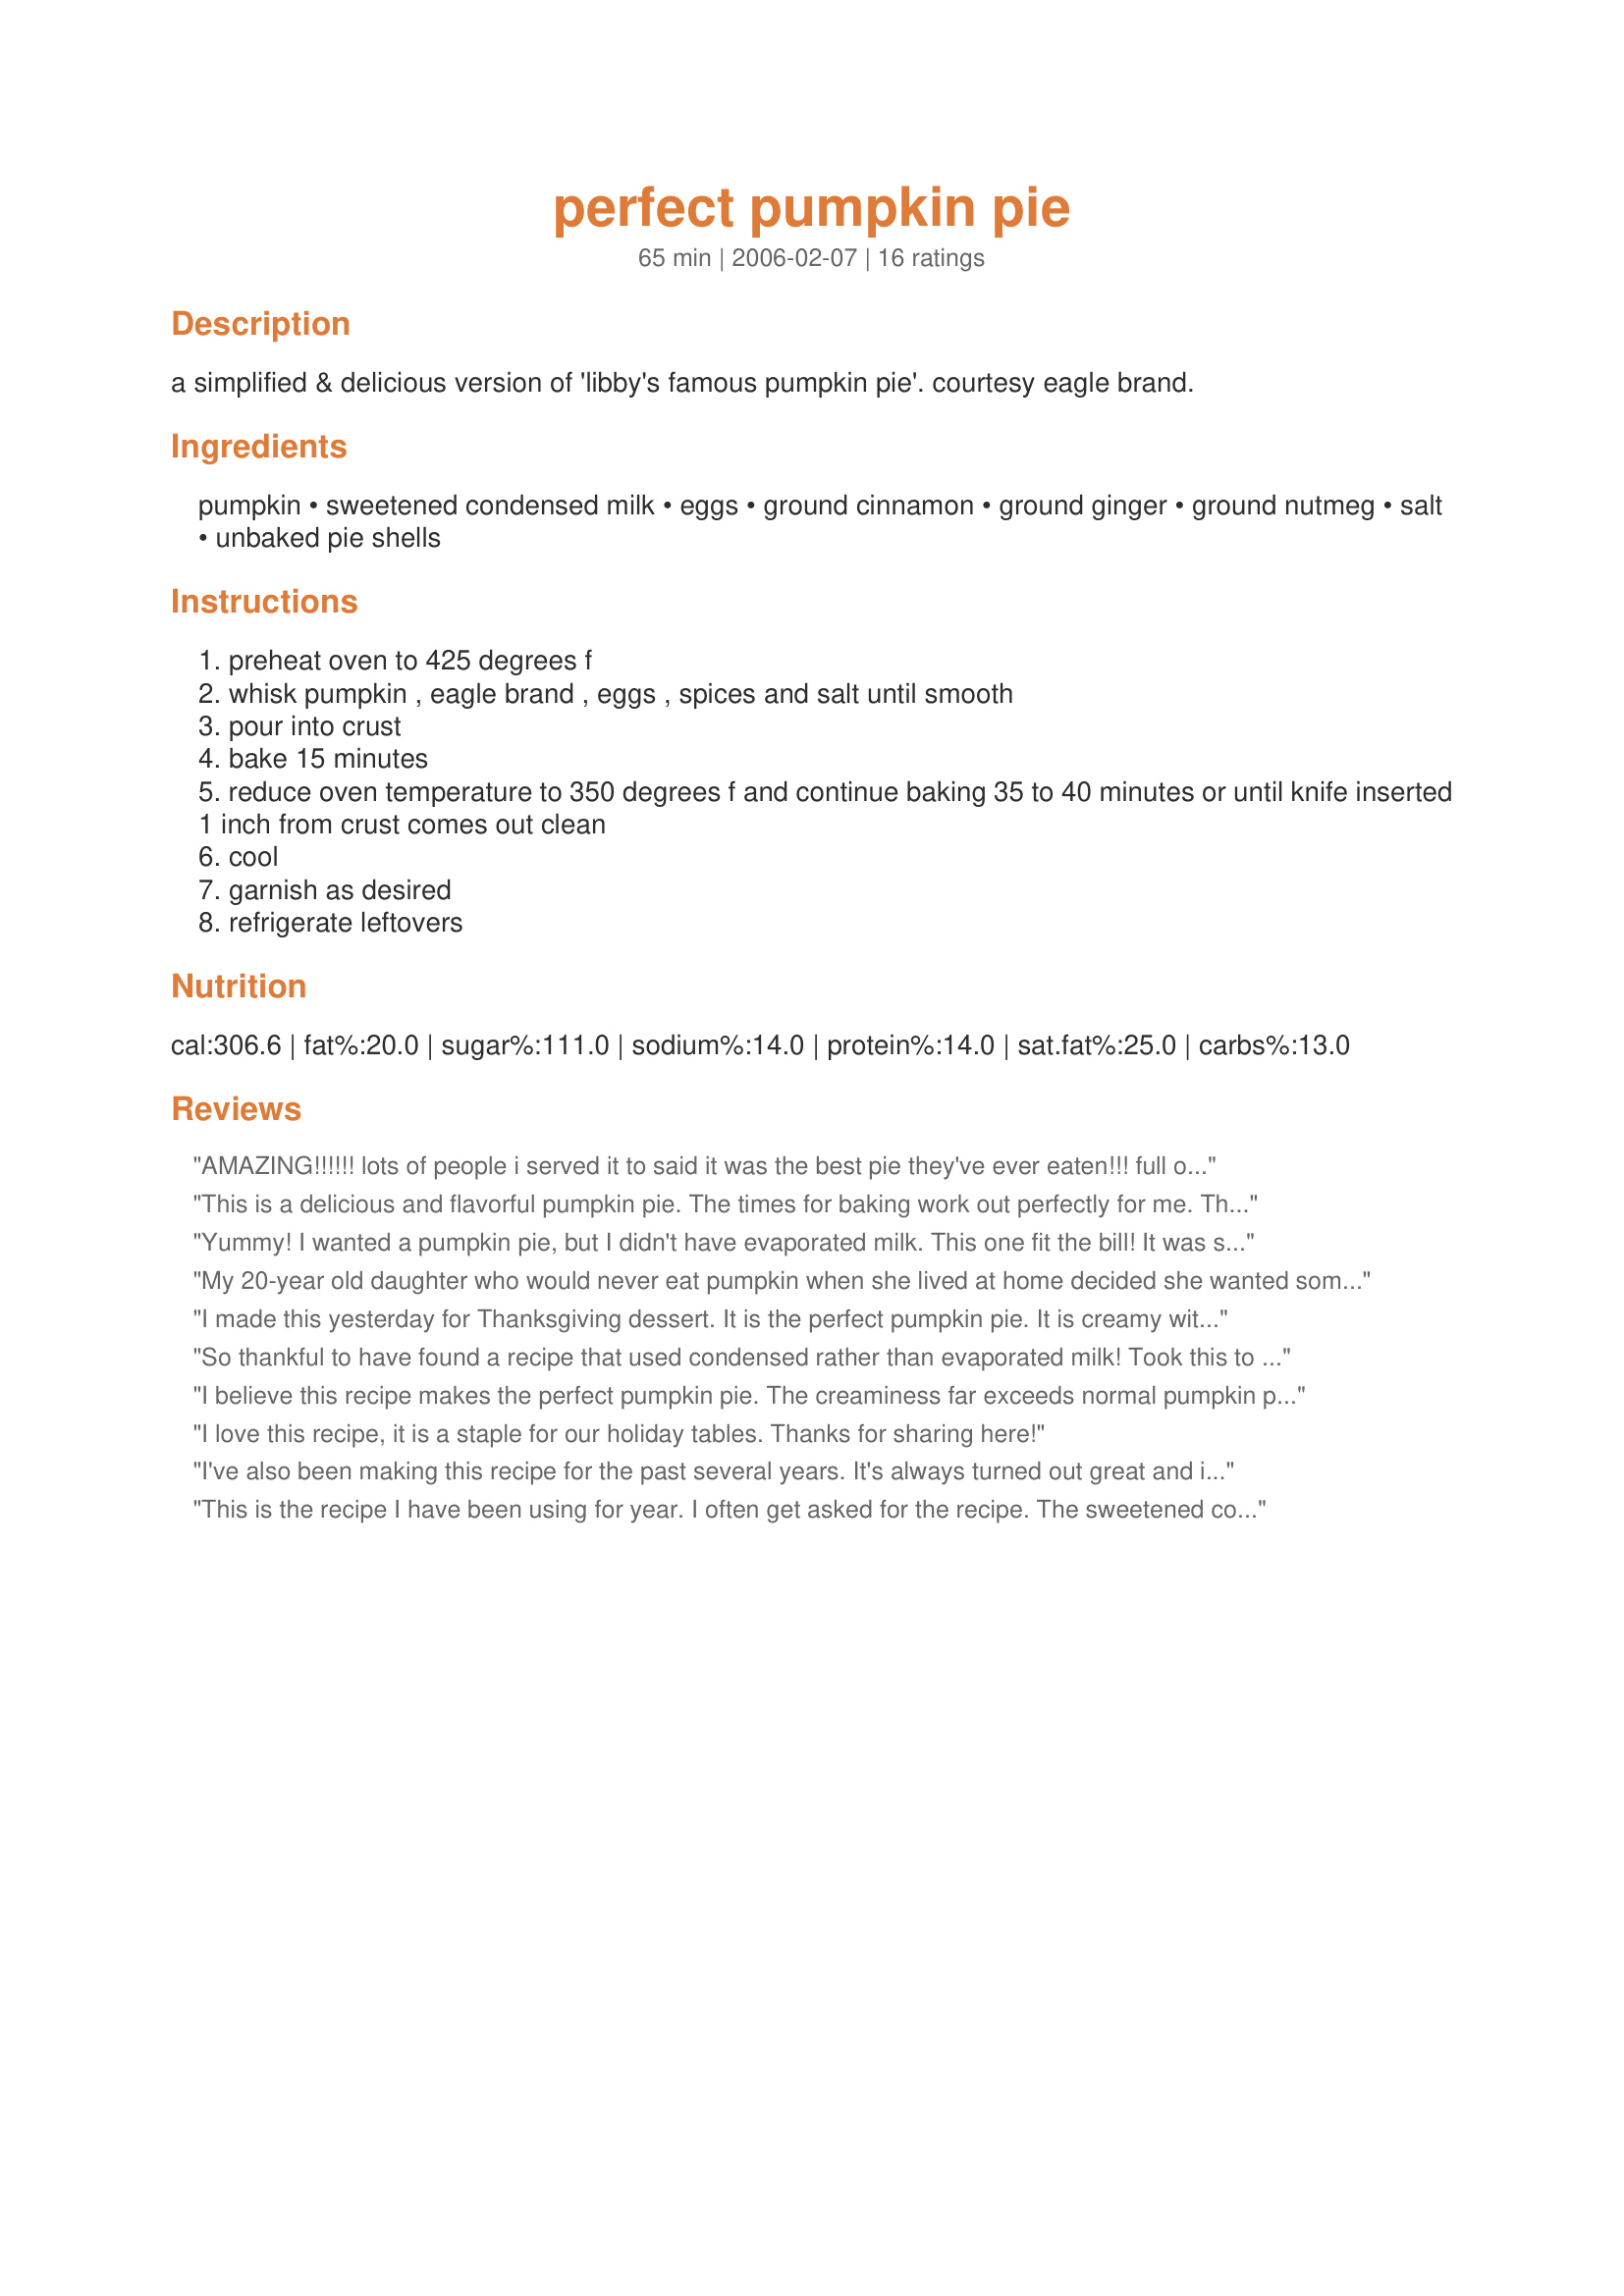
perfect pumpkin pie
Preparation time: 65 minutes

a simplified & delicious version of 'libby's famous pumpkin pie'. courtesy eagle brand.

Ingredients:
pumpkin, sweetened condensed milk, eggs, ground cinnamon, ground ginger, ground nutmeg, salt, unbaked pie shells

Steps:
preheat oven to 425 degrees f
whisk pumpkin , eagle brand , eggs , spices and salt until smooth
pour into crust
bake 15 minutes
reduce oven temperature to 350 degrees f and continue baking 35 to 40 minutes or until knife inserted 1 inch from crust comes out clean
cool
garnish as desired
refrigerate leftovers

Reviews:
AMAZING!!!!!! lots of people i served it to said it was the best pie they've ever eaten!!! full of flavor!!!! really easy to make. i make five at a time.
This is a delicious and flavorful pumpkin pie. The times for baking work out perfectly for me. Thanks for sharing.
Yummy! I wanted a pumpkin pie, but I didn't have evaporated milk. This one fit the bill! It was so easy, and I loved that it didn't call for cloves. I think nutmeg fits so much better. This is smooth and fluffy when baked up. Thanks for posting a great recipe!
My 20-year old daughter who would never eat pumpkin when she lived at home decided she wanted some pumpkin pie for Thanksgiving. Out of the several hundred pumpkin pie recipes listed on Zaar I picked this one and am glad I did! She made it for me and it turned out great---maybe a little too good, because she took what was left of it home with her to share with her roommates!
I made this yesterday for Thanksgiving dessert. It is the perfect pumpkin pie. It is creamy without being too heavy or thick, and it has just the right amount of spices. Everyone loved it, including me, and I'm not a pumpkin pie person. Thank you so much for the recipe.
So thankful to have found a recipe that used condensed rather than evaporated milk! Took this to Thanksgiving dinner & everyone loved it! Super easy, too!
I believe this recipe makes the perfect pumpkin pie. The creaminess far exceeds normal pumpkin pie. That said for our pie my daughter used some fresh pumpkin that she had frozen in culinary arts class. The texture was not as creamy as with the canned pumpkin. Next time I would only make with canned pumpkin. The wonderful creaminess is not be passed up. Made for Holiday PRMR.
I love this recipe, it is a staple for our holiday tables. Thanks for sharing here!
I've also been making this recipe for the past several years. It's always turned out great and is extremely easy! Thanks for posting! The generic sweetened condensed milk works just as well, tastes just as good and costs a lot less (I usually use the Wal-Mart brand).
This is the recipe I have been using for year. I often get asked for the recipe. The sweetened condensed milk is what makes this so good. Much better than the traditional Libby's recipe that many people make. Give it a try, yo will not be disappointed!
This is also my favorite pumpkin pie recipe. I add a pinch of ground cloves. I like that the sweetened condensed milk makes the filling nice and thick so it doesn't slosh all over when you go to put it in the oven! Gives it great texture, too - smooth and creamy.
This is also the recipe that I've been using for years. This is incredible with freshly cooked sugar pumpkin. Thanks for posting.
I got this recipe off the back of the pumpkin can and gave it a try. My first effort at making my own pie. It was the best I had ever had! Very easy. Make sure to get the deep dish pie shell or the mixture won't fit.
very good.
This pie was very good and very easy! Thanks!
This has been my favorite pumpkin pie recipe for years. It is so EASY!
